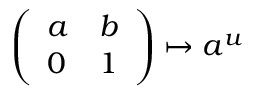
{ \left( \begin{array} { l l } { a } & { b } \\ { 0 } & { 1 } \end{array} \right) } \mapsto a ^ { u }